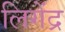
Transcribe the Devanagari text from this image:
लिगेंद्र